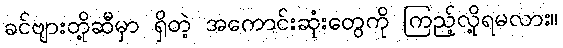
ခင်ဗျားတို့ဆီမှာ ရှိတဲ့ အကောင်းဆုံးတွေကို ကြည့်လို့ရမလား။